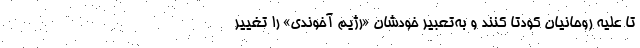
تا علیه روحانیان کودتا کنند و به‌تعبیر خودشان «رژیم آخوندی» را تغییر